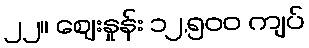
၂၂။ ဈေးနှုန်း ၁၂,၅၀၀ ကျပ်